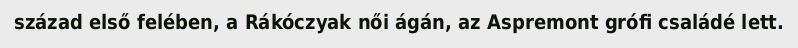
század első felében, a Rákóczyak női ágán, az Aspremont grófi családé lett.